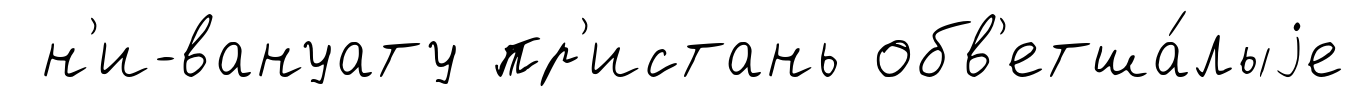
н'и-вануату пр'истань обв'етша́лыjе